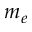
m _ { e }